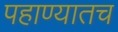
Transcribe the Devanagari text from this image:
पहाण्यातच